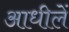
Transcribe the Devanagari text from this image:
आधीलें